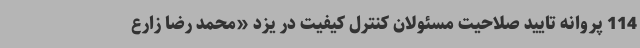
114 پروانه تایید صلاحیت مسئولان کنترل کیفیت در یزد «محمد رضا زارع